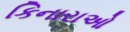
કિનારાઓ